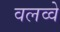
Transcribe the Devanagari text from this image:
वलव्वे